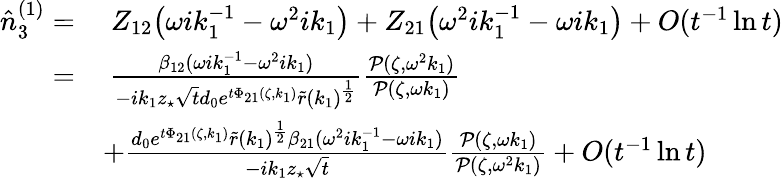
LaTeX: \begin{array}{rl}{\hat{n}_{3}^{(1)}=}&{\; Z_{12}\big(\omega ik_{1}^{-1}-\omega^{2}ik_{1}\big)+Z_{21}\big(\omega^{2}ik_{1}^{-1}-\omega ik_{1}\big)+O(t^{-1}\ln t)}\\ {=}&{\: \frac{\beta_{12}(\omega ik_{1}^{-1}-\omega^{2}ik_{1})}{-ik_{1}z_{\star}\sqrt{t}d_{0}e^{t\Phi_{21}(\zeta,k_{1})}\tilde{r}(k_{1})^{\frac{1}{2}}}\frac{\mathcal{P}(\zeta,\omega^{2}k_{1})}{\mathcal{P}(\zeta,\omega k_{1})}}\\ &{+\frac{d_{0}e^{t\Phi_{21}(\zeta,k_{1})}\tilde{r}(k_{1})^{\frac{1}{2}}\beta_{21}(\omega^{2}ik_{1}^{-1}-\omega ik_{1})}{-ik_{1}z_{\star}\sqrt{t}}\frac{\mathcal{P}(\zeta,\omega k_{1})}{\mathcal{P}(\zeta,\omega^{2}k_{1})}+O(t^{-1}\ln t)}\end{array}